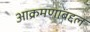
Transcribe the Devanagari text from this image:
आक्रमणाबद्दल